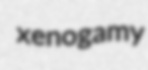
xenogamy